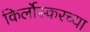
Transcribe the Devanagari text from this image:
किर्लोस्करच्या